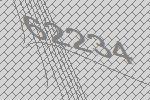
62234